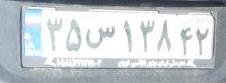
۳۵س۱۳۸۴۲